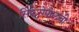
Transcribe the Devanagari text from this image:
सिंफेरोपोलची